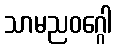
သာမညဝဂ္ဂေါ